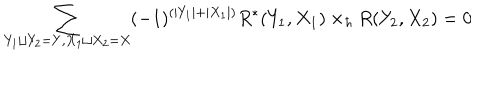
\sum _ { Y _ { 1 } \sqcup Y _ { 2 } = Y , X _ { 1 } \sqcup X _ { 2 } = X } ( - 1 ) ^ { ( | Y _ { 1 } | + | X _ { 1 } | ) } R ^ { * } ( Y _ { 1 } , X _ { 1 } ) \times _ { \hbar } R ( Y _ { 2 } , X _ { 2 } ) = 0